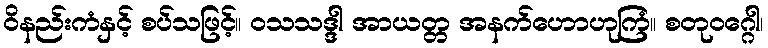
ဝိနည်းကံနှင့် စပ်သဖြင့်။ ဝသသဒ္ဒါ အာယတ္တ အနက်ဟောဟုကြံ။ စတုဝဂ္ဂေါ၊